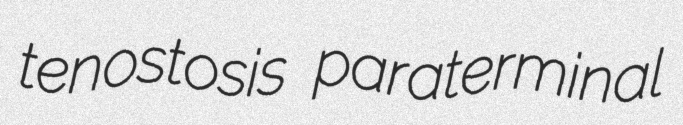
tenostosis paraterminal